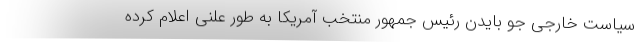
سیاست خارجی جو بایدن رئیس جمهور منتخب آمریکا به طور علنی اعلام کرده